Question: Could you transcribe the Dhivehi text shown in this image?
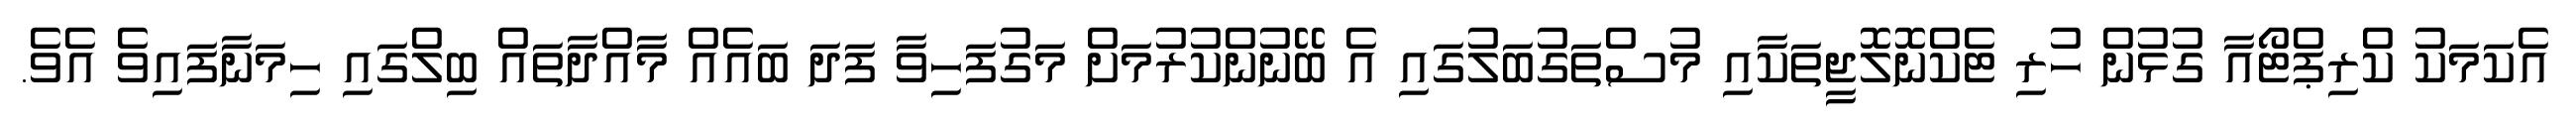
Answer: އެކަމަކު ކްރިޕްޓޯއާ ގުޅުން ހުރި ޓެކްނޮލޮޖީތަކާއި މުސްތަގުބަލުގައި އެ ބޭނުންކުރުމަށް މަގުފަހިވާ ފަދަ ބައެއް މާއްދާތައް ބިލްގައި ހިމަނާފައިވެ އެވެ.